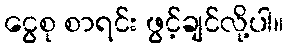
ငွေစု စာရင်း ဖွင့်ချင်လို့ပါ။